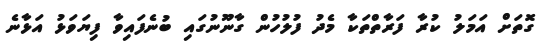
ގޮތަށް އަމަލު ކުރާ ފަރާތްތަކާ މެދު ފުލުހުން ގާނޫނުގައި ބުނެފައިވާ ފިޔަވަޅު އަޅާނެ